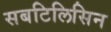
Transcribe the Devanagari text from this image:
सबटिलिसिन